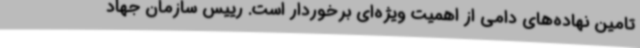
تامین نهاده‌های دامی از اهمیت ویژه‌ای برخوردار است. رییس سازمان جهاد